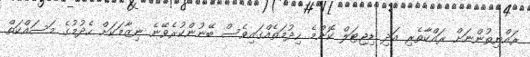
ރައްޔިތުންނަށް ރައްކާތެރި އަދި ޑިޖިޓަލް ކޮންމެ ހިދުމަތެއްގައިވެސް ބޭނުންކުރެވޭނެ ނިޒާމަކަށް ހެދުމުގެ މަސައްކަތް